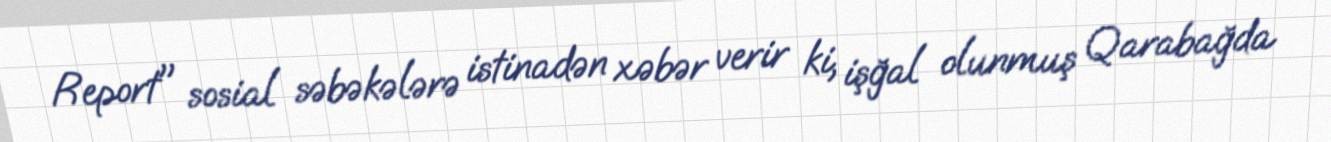
Report" sosial səbəkələrə istinadən xəbər verir ki, işğal olunmuş Qarabağda